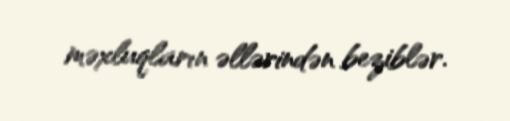
məxluqların əllərindən beziblər.